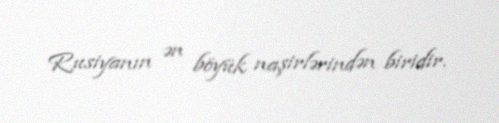
Rusiyanın ən böyük naşirlərindən biridir.